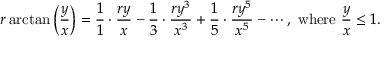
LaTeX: r \arctan \left( { \frac { y } { x } } \right) = { \frac { 1 } { 1 } } \cdot { \frac { r y } { x } } - { \frac { 1 } { 3 } } \cdot { \frac { r y ^ { 3 } } { x ^ { 3 } } } + { \frac { 1 } { 5 } } \cdot { \frac { r y ^ { 5 } } { x ^ { 5 } } } - \cdots , { \mathrm { ~ w h e r e ~ } } { \frac { y } { x } } \leq 1 .